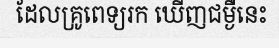
ដែលគ្រូពេទ្យរក ឃើញជម្ងឺនេះ